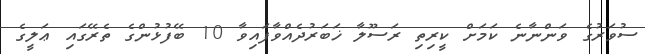
ސުވަރުގެ ވަންނާނެ ކަމަށް ކީރިތި ރަސޫލާ ޚަބަރުދެއްވާފައިވާ 10 ބޭފުޅުންގެ ތެރޭގައި ޢަލީގެ